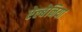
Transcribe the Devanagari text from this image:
ऐल्बेनिया